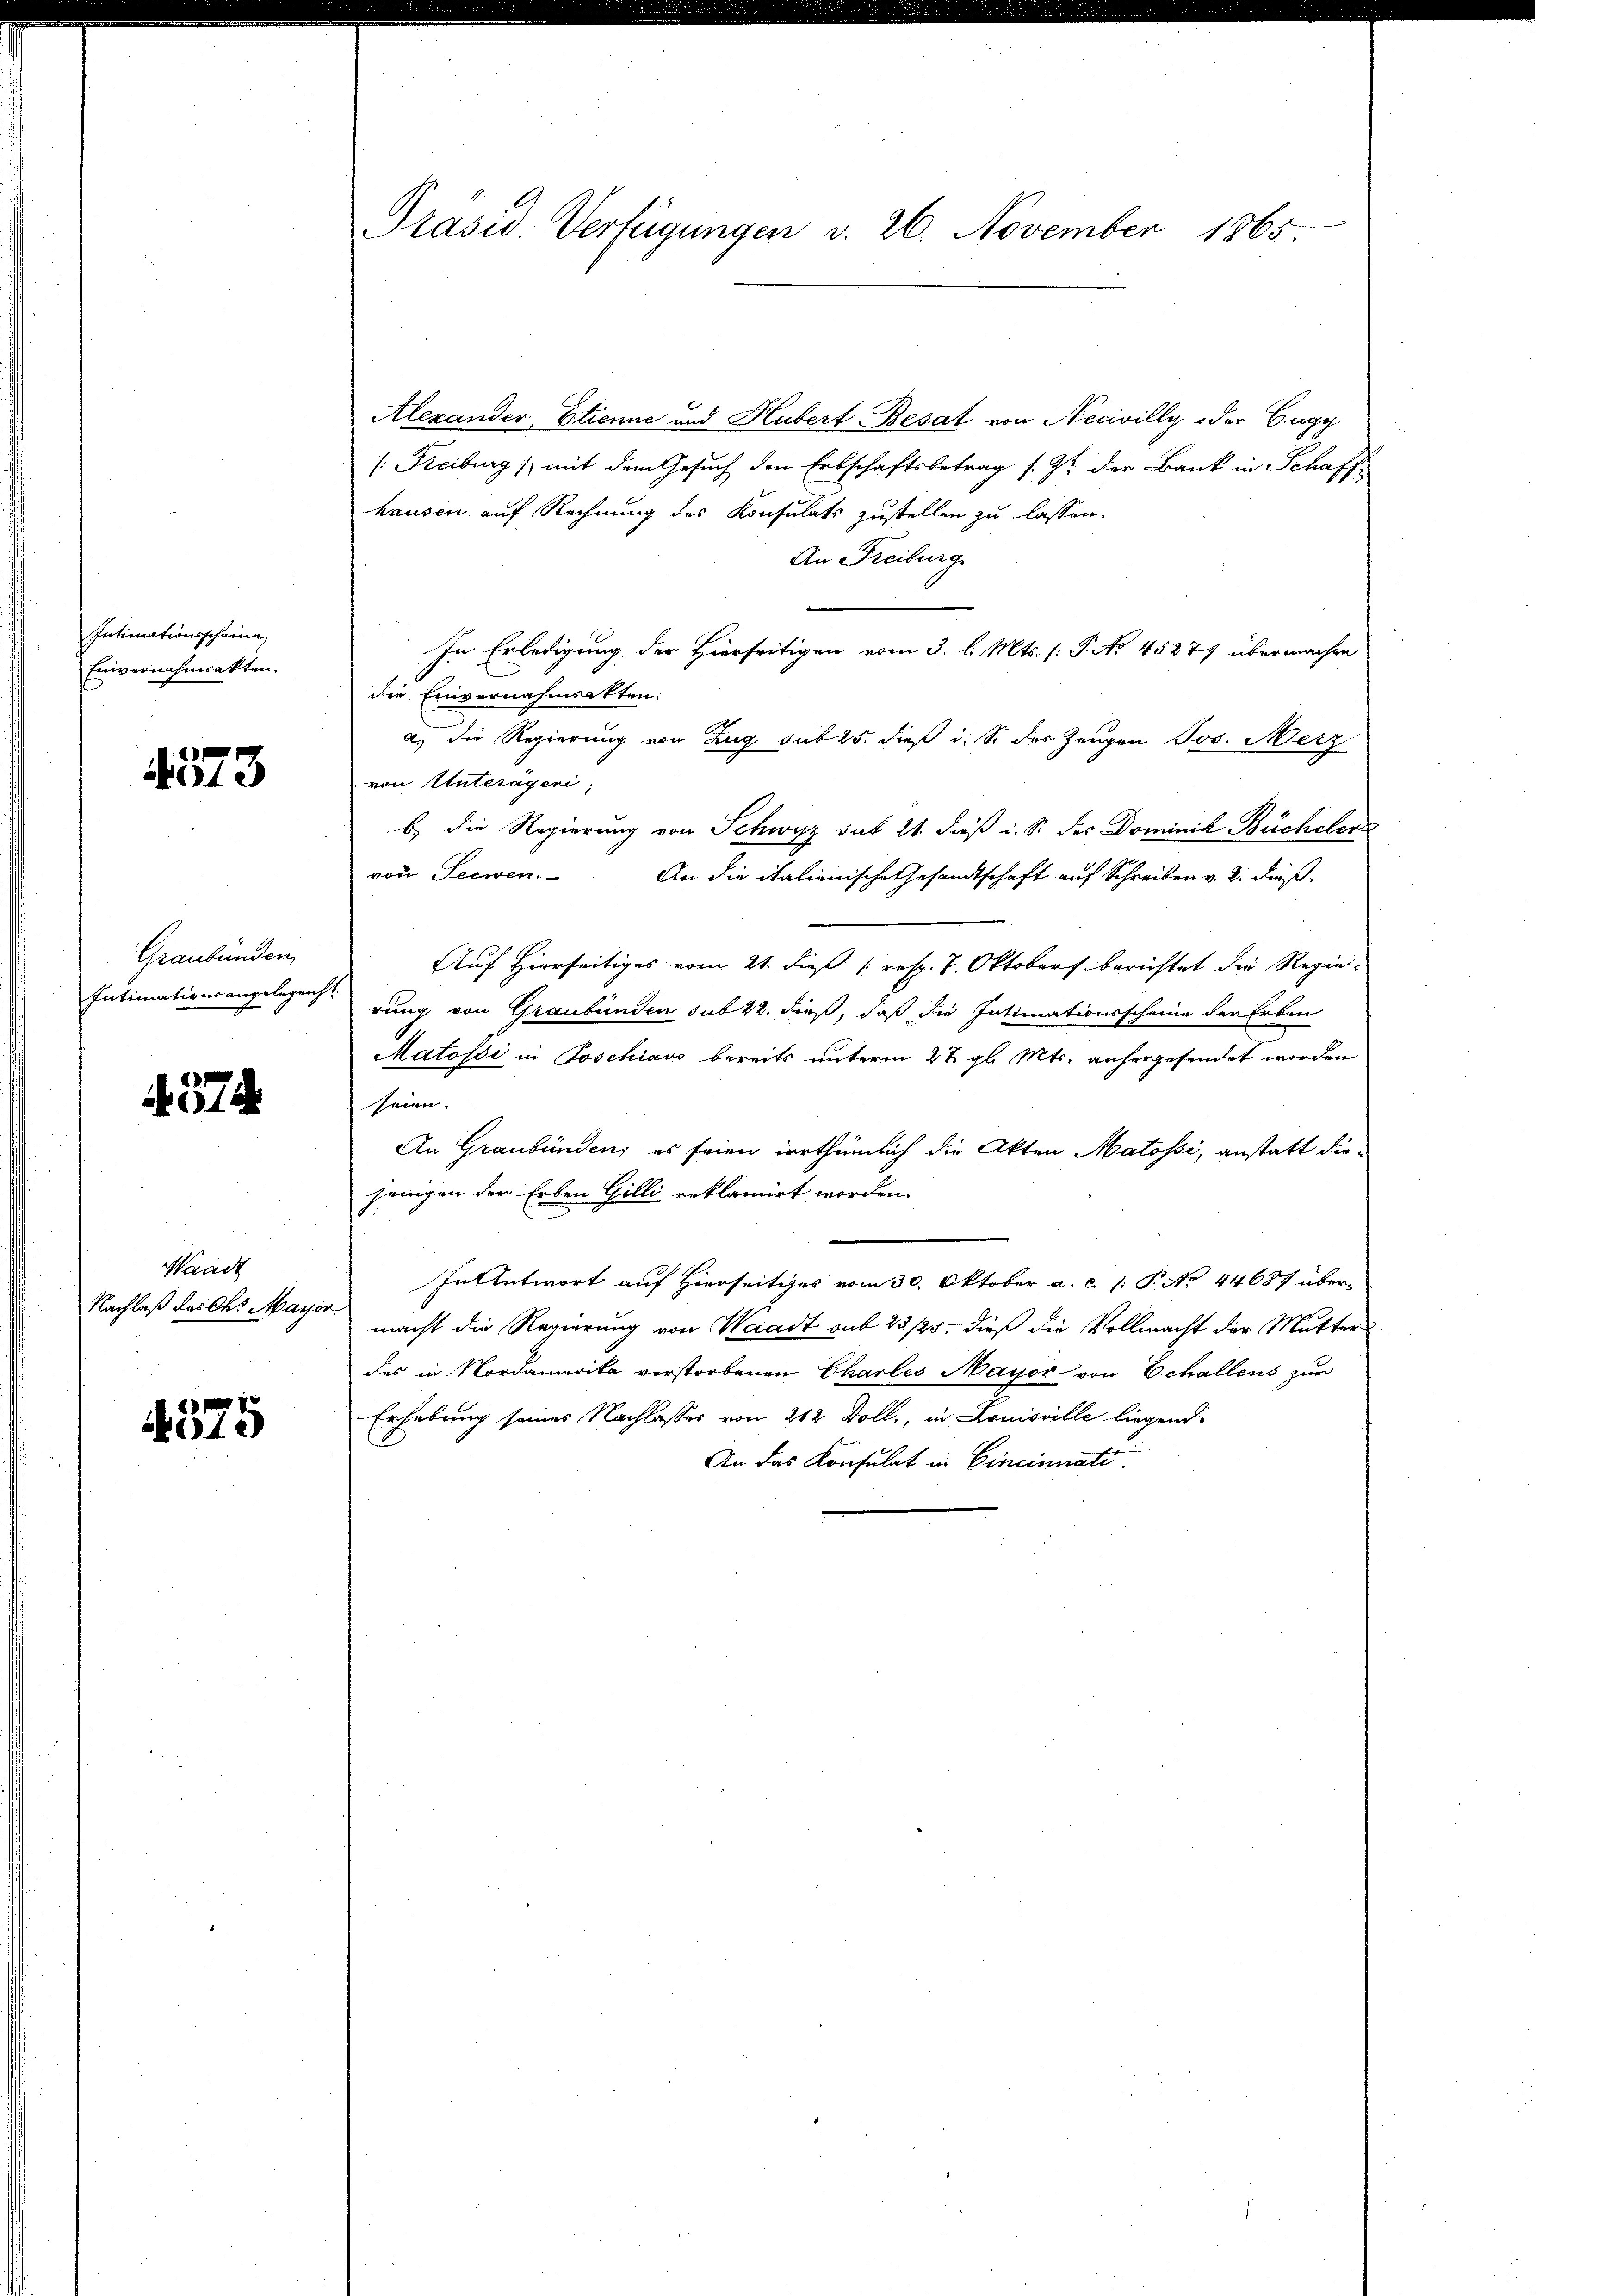
Intimationsscheine
Einvernahmsakten.

4573

Graubünden
Intimationsangelegenh

374

Waadt
Nachlaß des Ch. Mayor

575

Präsid. Verfügungen d. 26. November 1865

Alexander, Etienne und Hubert Besat von Necivilly oder Eugy
[: Freiburg) mit dem Gesuch den Erbschaftsbetrag s. Zt. der Bank in Schaff
hausen auf Rechnung des Konsulats zustellen zu lassen.
An Freiburg
In Erledigung der Hierseitigen vom 3. l. Mts. (T. No 45277 übermachen
die Einvernahmsakten:
a) die Regierung von Zug sub 25. dieß i. S. des Zeugen Jos. Merz
von Unterägeri,
b) Die Regierung von Schwyz sub 21. dieß i. S. des Dominik Bücheler
von Seewen
An die italienische Gesandtschaft auf Schreiben v. 2. dieß¬
Auf Hierseitiges vom 21. dieß (resp. 7. Oktober berichtet die Regierung von Graubünden sub 22. dieß, daß die Intimationsscheine der Erben
Matossi in Poschiavo bereits unterm 27. gl. Mts. anhergesendet worden
seien.
An Graubünden; es seien irrthümlich die Akten Matossi, anstatt diejenigen der Erben Gilli reklamirt worden.
Intentwort auf Hierseitiges vom 30. Oktober a. c. l. P. No 44687 über-
macht die Regierung von Waadt sub 23 /25, dieß die Vollmacht der Mutter
des, in Nordamerika verstorbenen Charles Mayer von Schallens zur
Erhebung seines Nachlasses von 242 Doll, in Louisville liegend
An das Konsulat in Cincinati